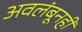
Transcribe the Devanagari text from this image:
अवलंबूनही